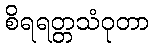
စိရရတ္တသံဝုတာ